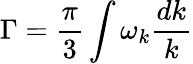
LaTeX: \Gamma=\frac{\pi}{3}\int\omega_{k}\frac{dk}{k}